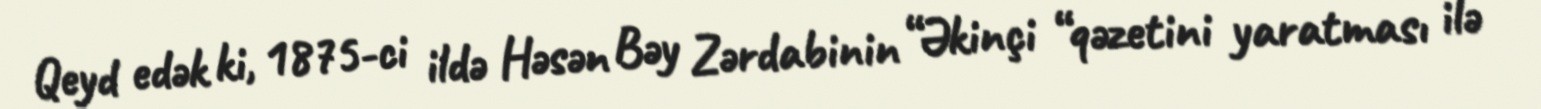
Qeyd edək ki, 1875-ci ildə Həsən Bəy Zərdabinin “Əkinçi “qəzetini yaratması ilə